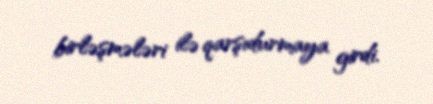
birləşmələri ilə qarşıdurmaya girdi.